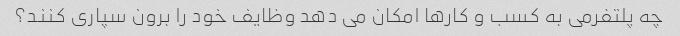
چه پلتفرمی به کسب و کارها امکان می دهد وظایف خود را برون سپاری کنند؟